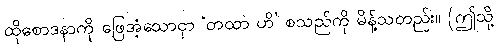
ထိုစောဒနာကို ဖြေအံ့သောငှာ ‘တထာ ဟိ’ စသည်ကို မိန့်သတည်း။ (ဤသို့